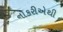
નોકરીએથી